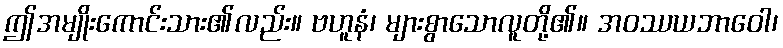
ဤအမျိုးကောင်းသား၏လည်း။ ဗဟူနံ၊ များစွာသောလူတို့၏။ အဝဿယဘာဝေါ၊